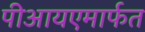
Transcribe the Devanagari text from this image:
पीआयएमार्फत